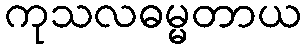
ကုသလဓမ္မတာယ